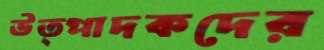
উত্পাদকদের